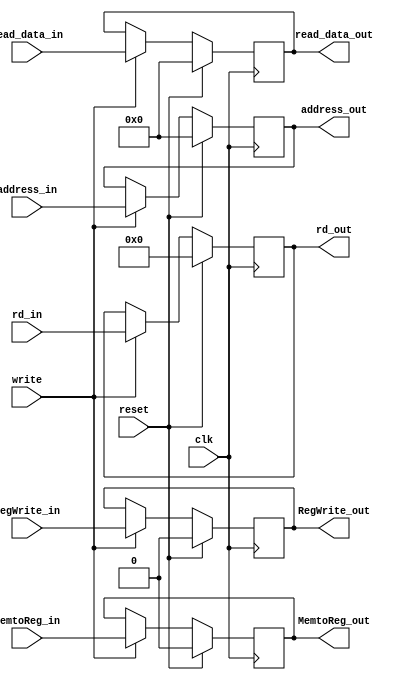
`timescale 1ns / 1ps
//////////////////////////////////////////////////////////////////////////////////
// Company: 
// Engineer: 
// 
// Design Name: 
// Module Name: MEM_WB_reg
// Project Name: 
// Target Devices: 
// Tool Versions: 
// Description: 
// 
// Dependencies: 
// 
// Revision:
// Revision 0.01 - File Created
// Additional Comments:
// 
//////////////////////////////////////////////////////////////////////////////////


module MEM_WB_reg(
    input clk, write, reset,
    input RegWrite_in, MemtoReg_in,
    input [31:0] read_data_in,
    input [31:0] address_in,
    input [4:0] rd_in,
    
    output reg RegWrite_out, MemtoReg_out,
    output reg [31:0] read_data_out,
    output reg [31:0] address_out,
    output reg [4:0] rd_out
);
    always@(posedge clk)
    begin
        if (reset)
        begin
            MemtoReg_out <= 1'b0;
            read_data_out <= 32'b0;
            address_out <= 32'b0;
            rd_out <= 5'b0;
            RegWrite_out <= 1'b0;
        end
        else
        begin
            if (write)
            begin
                MemtoReg_out <= MemtoReg_in;
                read_data_out <= read_data_in;
                address_out <= address_in;
                rd_out <= rd_in;
                RegWrite_out <= RegWrite_in;
            end
        end
    end
endmodule